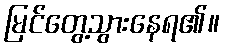
မြင်တွေ့သွားနေရ၏။